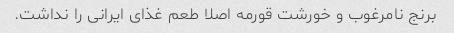
برنج نامرغوب و خورشت قورمه اصلا طعم غذای ایرانی را نداشت.